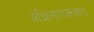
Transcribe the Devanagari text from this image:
अधिानायकवाद